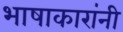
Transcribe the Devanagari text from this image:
भाषाकारांनी